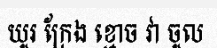
យូរ ក្រែង ខ្មោច វា ចូល